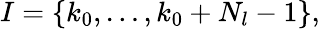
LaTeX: {I}=\{ k_{0},\ldots,k_{0}+N_{l}-1\} ,